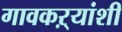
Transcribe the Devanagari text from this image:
गावकऱ्यांशी